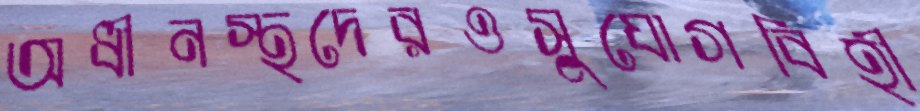
অধীনস্থদেরওসুযোগবিহী